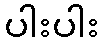
ပါးပါး